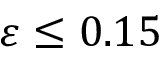
\varepsilon \le 0 . 1 5